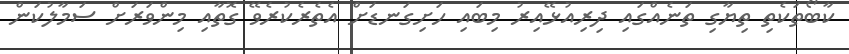
ކާބޯތަކެތި ތިޔާގި ތަނެއްގައި ދިރިއުޅޭއިރު މިބައި ހަށިގަނޑަށް އެތެރެކުރެވޭ ގޮތާއި މިންވަރަށް ސަމާލުކަން